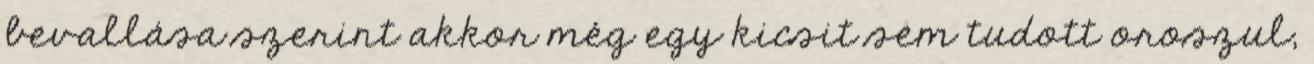
bevallása szerint akkor még egy kicsit sem tudott oroszul,